Report on sanitation, dispensaries, and jails in Rajputana for 1919, and on vaccination for the year 1919-1920 - 1919-1920
Year: 1919
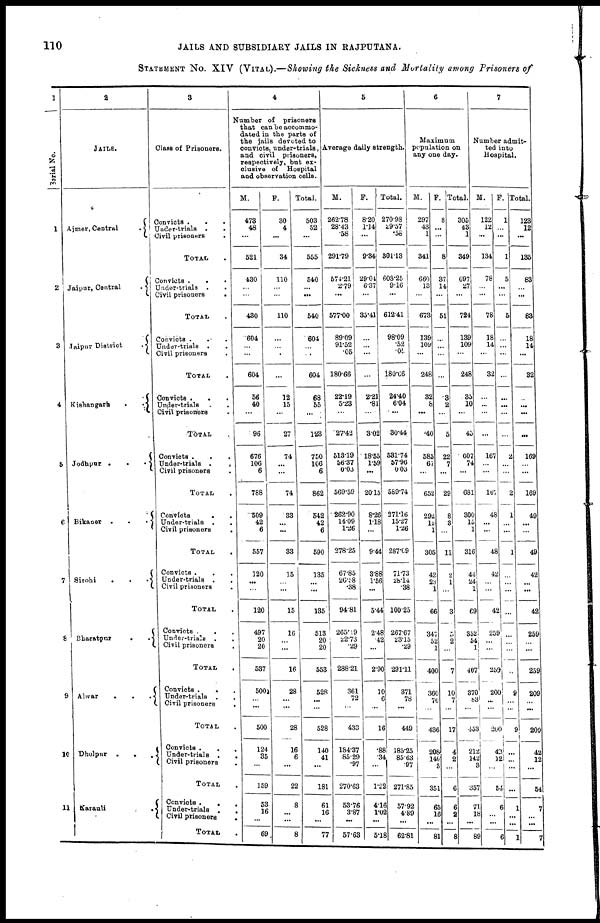
110
JAILS AND SUBSIDIARY JAILS IN RAJPUTANA.
STATEMENT NO. XIV (VITAL).—Showing the Sickness and Mortality among Prisoners of
1
Serial No.
1
2
3
4
5
6
7
8
9
10
11
2
JAILS.
Aimer, Central
.
Jaipur, Central
.
Jaipur District
.
Kishangarh
.
.
Jodhpur
.
.
.
Bikaner
.
.
.
Sirohi . .
Bharatpur
.
.
Alwar
.
.
.
Dholpur
.
.
.
Karauli
.
3
Clans of Prisoners.
Convicts
.
.
.
Under-trials . .
Civil prisoners
.
TOTAL .
Convicts . . .
Under-trials .
Civil prisoners
.
TOTAL
Convicts . . .
Under-trials . . .
Civil prisoners . . .
TOTAL .
Convicts
.
.
.
Under-trials
.
.
Civil prisoners
.
TOTAL
Convicts .
.
.
Under-trials . . .
Civil prisoners
TOTAL .
Convicts
.
.
Under-trials . .
Civil prisoners .
TOTAL .
Convicts .
.
Under-trials . . .
Civil prisoners .
TOTAL .
Convicts . . .
Under-trials . .
Civil prisoners .
TOTAL .
Convicts .
.
Under-trials . .
Civil prisoners
.
TOTAL .
Convicts . . .
Under-trials .
.
Civil prisoners .
TOTAL .
Convicts .
. .
Under-trials . .
Civil prisoners .
TOTAL .
4
Number of
prisoners
that can be accommo-
dated in the parts of
the jails devoted to
convicts, under-trials,
and civil prisoners,
respectively, but ex-
clusive of
Hospital
and observation cells.
M.
473
48
...
521
430
...
...
430
604
...
...
604
56
40
...
96
676
106
6
788
509
42
6
557
120
...
...
120
497
20
20
537
500
... ...
500
124
35
...
159
53
16
...
69
F.
30
4
...
34
110
...
...
110
...
...
...
...
12
15
...
27
74
...
...
74
33
...
...
33
15
...
...
15
16
...
...
16
28
...
...
28
16
6
...
22
8
...
... 8
Total.
503
52
...
555
540
...
...
540
604
...
...
604
68
55
...
123
750
106
6
862
542
42
6
590
135
...
...
135
513
20
20
553
528
...
528
140
41
...
181
61
16
...
77
5
Average daily strength.
M.
262.78
28.43
.58
291.79
574.21
2.79
...
577.00
89.09
91.52
.05
180.66
22.19
5.23
...
27.42
513.19
56.37
0.03
569.59
262.90
14.09
1.26
278.25
67.85
26.58
.38
94.81
265.19
22.73
29
288.21
361
72
...
433
184.37
85.29
.97
270.63
53.76
3.87
...
57.63
F.
8.20
1.14
...
9.34
29.04
6.37
...
35.41
...
...
...
...
2.21
.81
...
3.02
18.55
1.58
...
20.15
8.26
1.18
...
9.44
3.88
1.56
...
5.44
2.48
42
...
2.90
10
6
...
16
.88
.34
...
1.22
4.16
1.02
...
5.18
Total.
270.98
29.57
.58
301.13
603.25
9.16
...
612.41
98.09
.52
.05
180.66
24.40
6.04
...
30.44
53174
57.96
0.03
589.74
271.16
15.27
1.26
287.69
71.73
28.14
.38
100.25
267.67
23.15
.29
291.11
371
78
...
449
185.25
85.63
.97
271.85
57.92
4.89
...
62.81
6
Maximum
population on
any one day.
M.
297
43
1
341
660
13
...
673
139
109
...
248
32
8
...
.40
585
67
...
652
292
12
1
305
42
23
1
66
347
52
1
400
360
76
...
436
208
140
3
351
65
16
...
81
F.
8
...
...
8
37
14
...
51
...
...
...
...
3
2
...
5
22
7
...
29
8
3
...
11
2
1
...
3
5
2
...
7
10
7
...
17
4
2
...
6
6
2
...
8
Total.
305
43
1
349
697
27
...
724
139
109
...
248
35
10
...
45
607
74
...
681
300
15
1
316
44
24
1
69
352
54
1
407
370
83
...
453
212
142
3
357
71
18
...
89
7
Number admit-
ted into
Hospital.
M.
122
12
...
134
78
...
...
78
18
14
...
32
...
...
...
...
167
...
...
167
48
...
...
48
42
...
...
42
259
...
...
259
200
...
...
200
43
12
...
54
6
...
...
6
F.
1
...
...
1
5
...
...
5
...
...
...
...
...
...
...
...
2
...
...
2
1
...
...
1
...
...
...
...
...
...
...
...
9
...
...
9
...
...
...
...
1
...
...
1
Total.
123
12
...
135
83
...
...
83
18
14
...
32
...
...
...
...
169
... ...
169
49
...
...
49
42
...
...
42
259
...
...
259
209
... ...
209
43
12
...
54
7
...
...
7